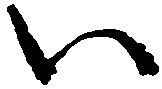
い